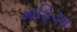
માફિયા